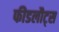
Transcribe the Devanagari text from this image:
फीडलौट्स